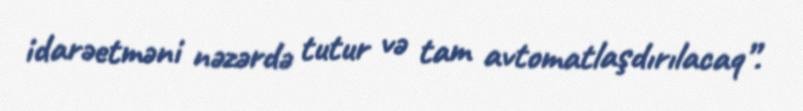
idarəetməni nəzərdə tutur və tam avtomatlaşdırılacaq”.